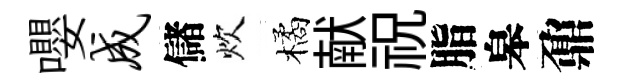
嚶成儲炊橘献祝脂皋鼐